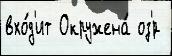
вхо́д'ит Окружена́ оз'́р